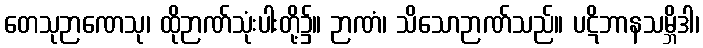
တေသုဉာဏေသု၊ ထိုဉာဏ်သုံးပါးတို့၌။ ဉာဏံ၊ သိသောဉာဏ်သည်။ ပဋိဘာနသမ္ဘိဒါ၊